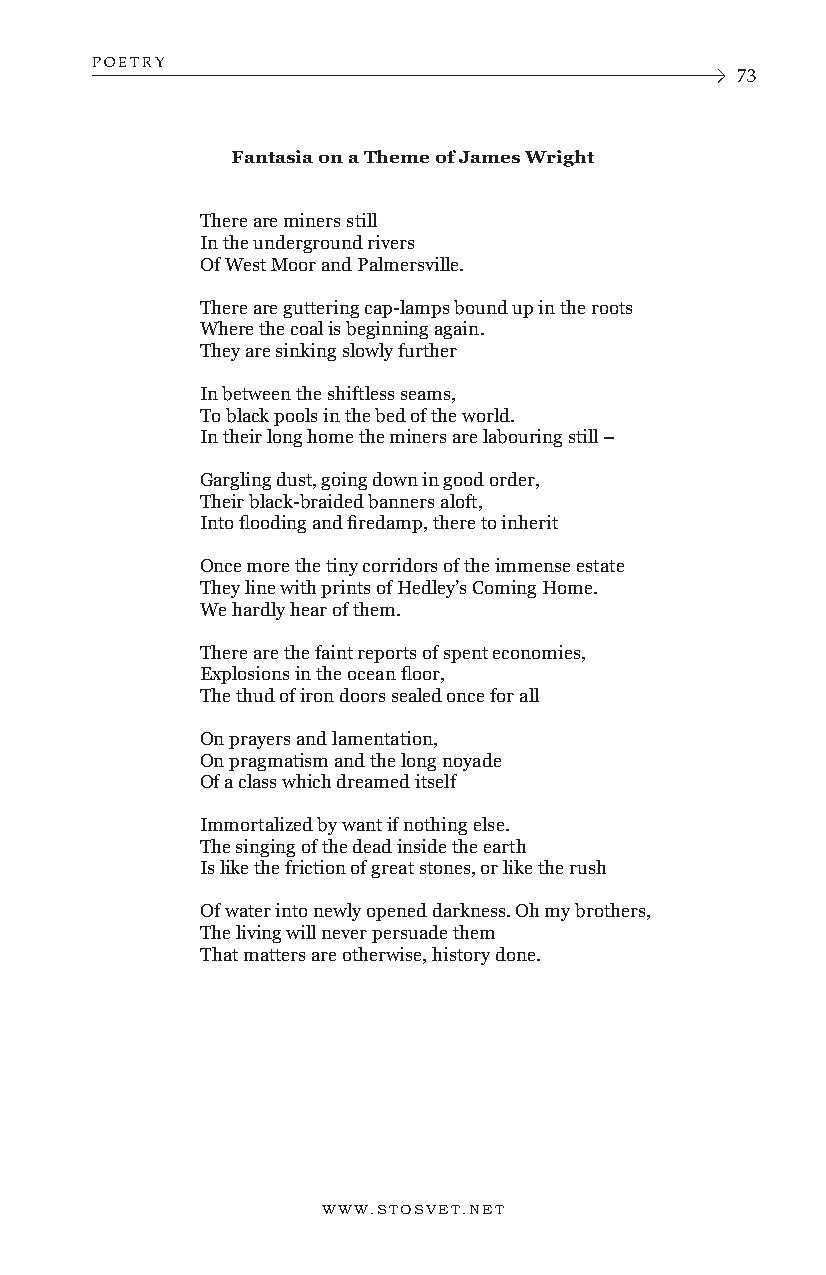
POETRY
 73
 Fantasia on a Theme of James Wright
 There are miners still
 In the underground rivers
 Of West Moor and Palmersville.
 There are guttering cap-lamps bound up in the roots
 Where the coal is beginning again.
 They are sinking slowly further
 In between the shiftless seams,
 To black pools in the bed of the world.
 In their long home the miners are labouring still –
 Gargling dust, going down in good order,
 Their black-braided banners aloft,
 Into flooding and firedamp, there to inherit
 Once more the tiny corridors of the immense estate
 They line with prints of Hedley’s Coming Home.
 We hardly hear of them.
 There are the faint reports of spent economies,
 Explosions in the ocean floor,
 The thud of iron doors sealed once for all
 On prayers and lamentation,
 On pragmatism and the long noyade
 Of a class which dreamed itself
 Immortalized by want if nothing else.
 The singing of the dead inside the earth
 Is like the friction of great stones, or like the rush
 Of water into newly opened darkness. Oh my brothers,
 The living will never persuade them
 That matters are otherwise, history done.
 WWW.STOSVET.NET      WWW.STOSVET.NET